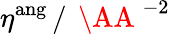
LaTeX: \eta^{\mathrm{ang}}\, /\, \mathrm{~\AA~}^{-2}